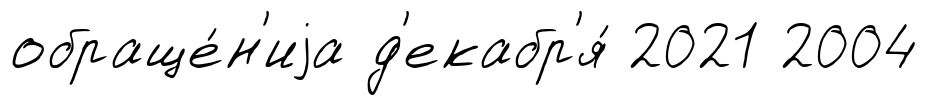
обраще́н'иjа д'екабр'я́ 2021 2004